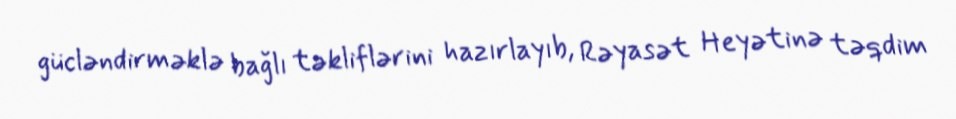
gücləndirməklə bağlı təkliflərini hazırlayıb, Rəyasət Heyətinə təqdim